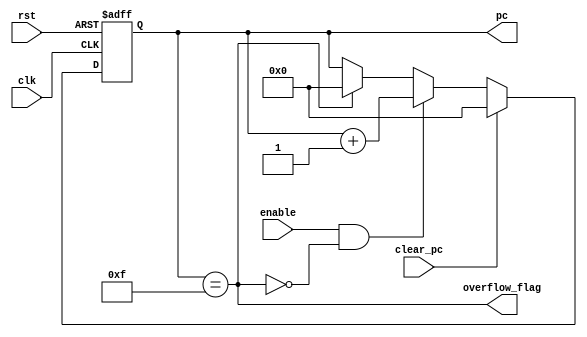
module pointer_counter (
    output   reg    [3:0]    pc,
    output   wire            overflow_flag,
    input    wire            clear_pc,
    input    wire            enable,
    input    wire            clk,
    input    wire            rst
);

assign overflow_flag = (pc == 4'd15);

always @(posedge clk or negedge rst)
    begin
        if(!rst)
            begin
                pc <= 4'b0;
            end
        else if(clear_pc)
            begin 
                pc <= 4'b0;
            end
        else if(enable & !overflow_flag)
            begin 
                pc <= pc + 4'b1;
            end
        else if (overflow_flag)
            begin
                pc <= 4'b0;
            end
    end

endmodule